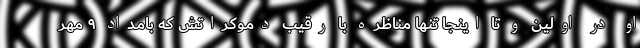
او در اولین و تا اینجا تنها مناظره با رقیب دموکراتش که بامداد ۹ مهر